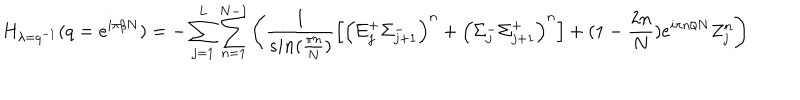
H _ { \lambda = q ^ { - 1 } } ( q = e ^ { i \pi / N } ) = - \sum _ { j = 1 } ^ { L } \sum _ { n = 1 } ^ { N - 1 } \left( \frac { 1 } { s i n ( \frac { \pi n } { N } ) } \left[ \left( \Sigma _ { j } ^ { + } \Sigma _ { j + 1 } ^ { - } \right) ^ { n } + \left( \Sigma _ { j } ^ { - } \Sigma _ { j + 1 } ^ { + } \right) ^ { n } \right] + ( 1 - \frac { 2 n } { N } ) e ^ { i \pi n / N } Z _ { j } ^ { n } \right)